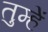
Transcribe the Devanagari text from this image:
तुम्हेें